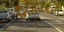
નિરોધકની